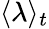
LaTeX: \langle\lambda\rangle_{t}